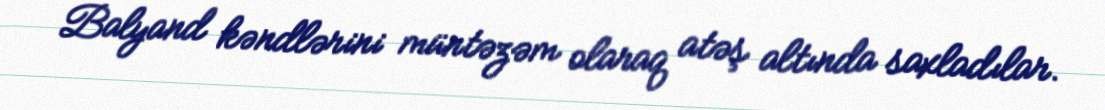
Balyand kəndlərini müntəzəm olaraq atəş altında saxladılar.